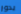
يدور